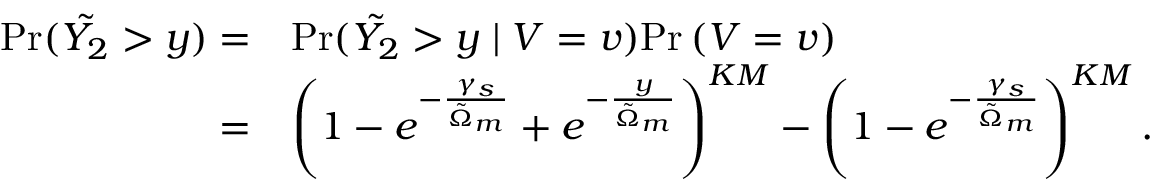
\begin{array} { r l } { \mathrm { P r } ( \tilde { Y _ { 2 } } > y ) = } & { \mathrm { P r } ( \tilde { Y _ { 2 } } > y \mid V = v ) \mathrm { P r } \left( V = v \right) } \\ { = } & { \left( 1 - e ^ { - \frac { \gamma _ { s } } { \tilde { \Omega } _ { m } } } + e ^ { - \frac { y } { \tilde { \Omega } _ { m } } } \right) ^ { K M } - \left( 1 - e ^ { - \frac { \gamma _ { s } } { \tilde { \Omega } _ { m } } } \right) ^ { K M } . } \end{array}